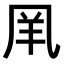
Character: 𠙌